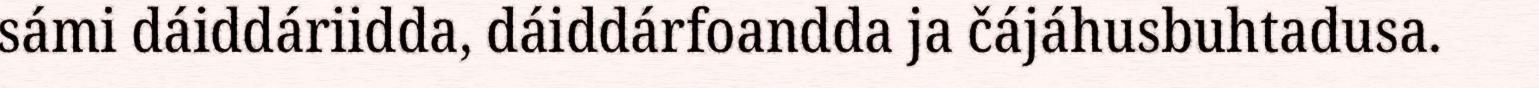
sámi dáiddáriidda, dáiddárfoandda ja čájáhusbuhtadusa.